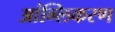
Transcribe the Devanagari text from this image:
आंग्लिकरण